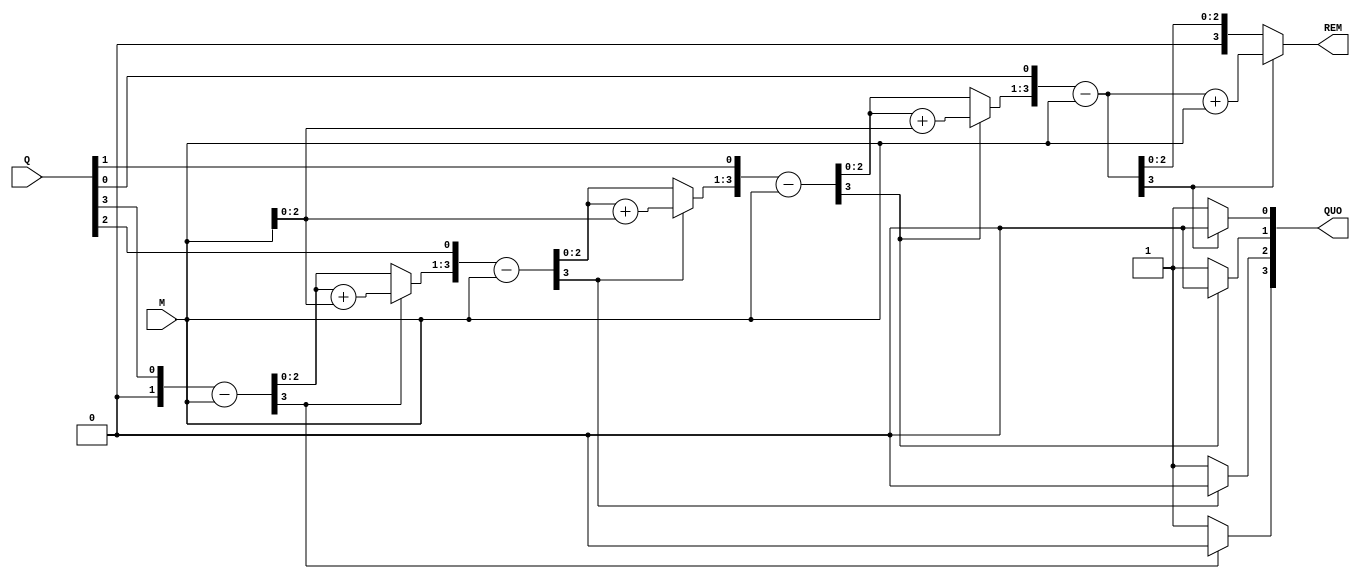
`timescale 1ns / 1ps

module restoring_division(
        input signed [3:0] Q, M,
        output reg signed [3:0] QUO, REM
    );
        integer i;
        always @(M, Q) begin
           REM = 0;
           QUO = Q;
           for ( i = 0; i < 4; i = i + 1 ) begin
                {REM, QUO} = {REM, QUO} << 1;
                REM = REM - M;
                if (REM[3]) REM = REM + M;
                else QUO[0] = 1;
           end
        end
endmodule